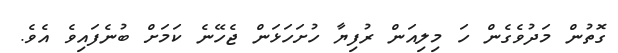
ގޮތުން މަދުވެގެން ހަ މިލިއަން ރުފިޔާ ހުށަހަޅަން ޖެހޭނެ ކަމަށް ބުނެފައިވެ އެވެ.